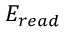
E _ { r e a d }